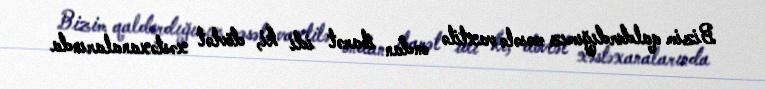
Bizim qaldırdığımız məsələ vaxtilə ondan ibarət idi ki, dövlət xəstəxanalarında